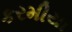
કરમીયા